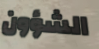
الشؤون